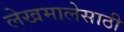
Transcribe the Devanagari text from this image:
लेखमालेसाठी